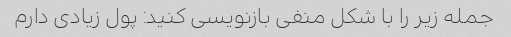
جمله زیر را با شکل منفی بازنویسی کنید: پول زیادی دارم